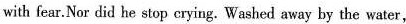
with fear.Nor did he stop erying. Washed away by the water,